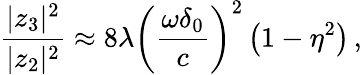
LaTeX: \frac{|z_{3}|^{2}}{|z_{2}|^{2}}\approx 8\lambda\left(\frac{\omega\delta_{0}}{c}\right)^{2}\left(1-\eta^{2}\right)\, ,